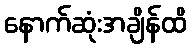
နောက်ဆုံးအချိန်ထိ